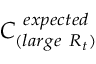
C _ { ( l a r g e ~ R _ { t } ) } ^ { ~ e x p e c t e d }